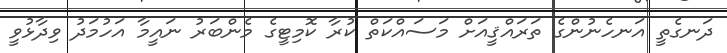
ދަނގެތީ އަނހެނުންގެ ތަރައްޤީއަށް މަސައްކަތް ކުރާ ކޮމިޓީގެ މެންބަރު ނައީމާ އަހުމަދު ވިދާޅުވީ